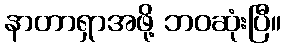
နာတာရှာအဖို့ ဘဝဆုံးပြီ။